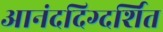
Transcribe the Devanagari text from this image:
आनंददिग्दर्शित